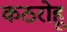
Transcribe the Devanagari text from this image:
कठरोहू